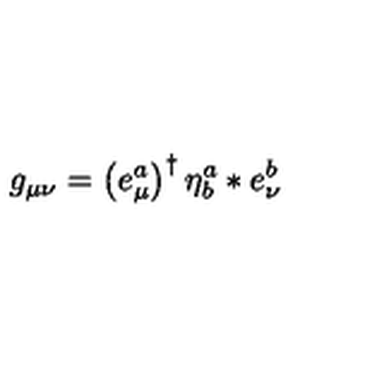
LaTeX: g _ { \mu \nu } = \left( e _ { \mu } ^ { a } \right) ^ { \dagger } \eta _ { b } ^ { a } \ast e _ { \nu } ^ { b }